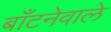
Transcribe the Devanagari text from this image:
बाँटनेवाले